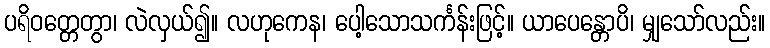
ပရိဝတ္တေတွာ၊ လဲလှယ်၍။ လဟုကေန၊ ပေါ့သောသင်္ကန်းဖြင့်။ ယာပေန္တောပိ၊ မျှသော်လည်း။